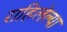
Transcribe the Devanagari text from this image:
राहिलेल्‍या